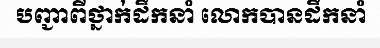
បញ្ជាពីថ្នាក់ដឹកនាំ លោកបានដឹកនាំ